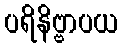
ပရိနိဗ္ဗာပယ